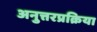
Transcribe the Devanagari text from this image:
अनुत्तरप्रक्रिया